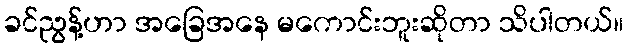
ခင်ညွန့်ဟာ အခြေအနေ မကောင်းဘူးဆိုတာ သိပါတယ်။